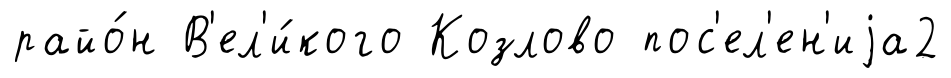
райо́н В'ел'и́кого Козлово пос'ел'ен'иjа2